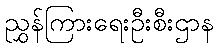
ညွှန်ကြားရေးဦးစီးဌာန